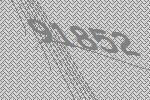
91852